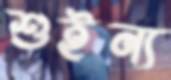
শুইন্য